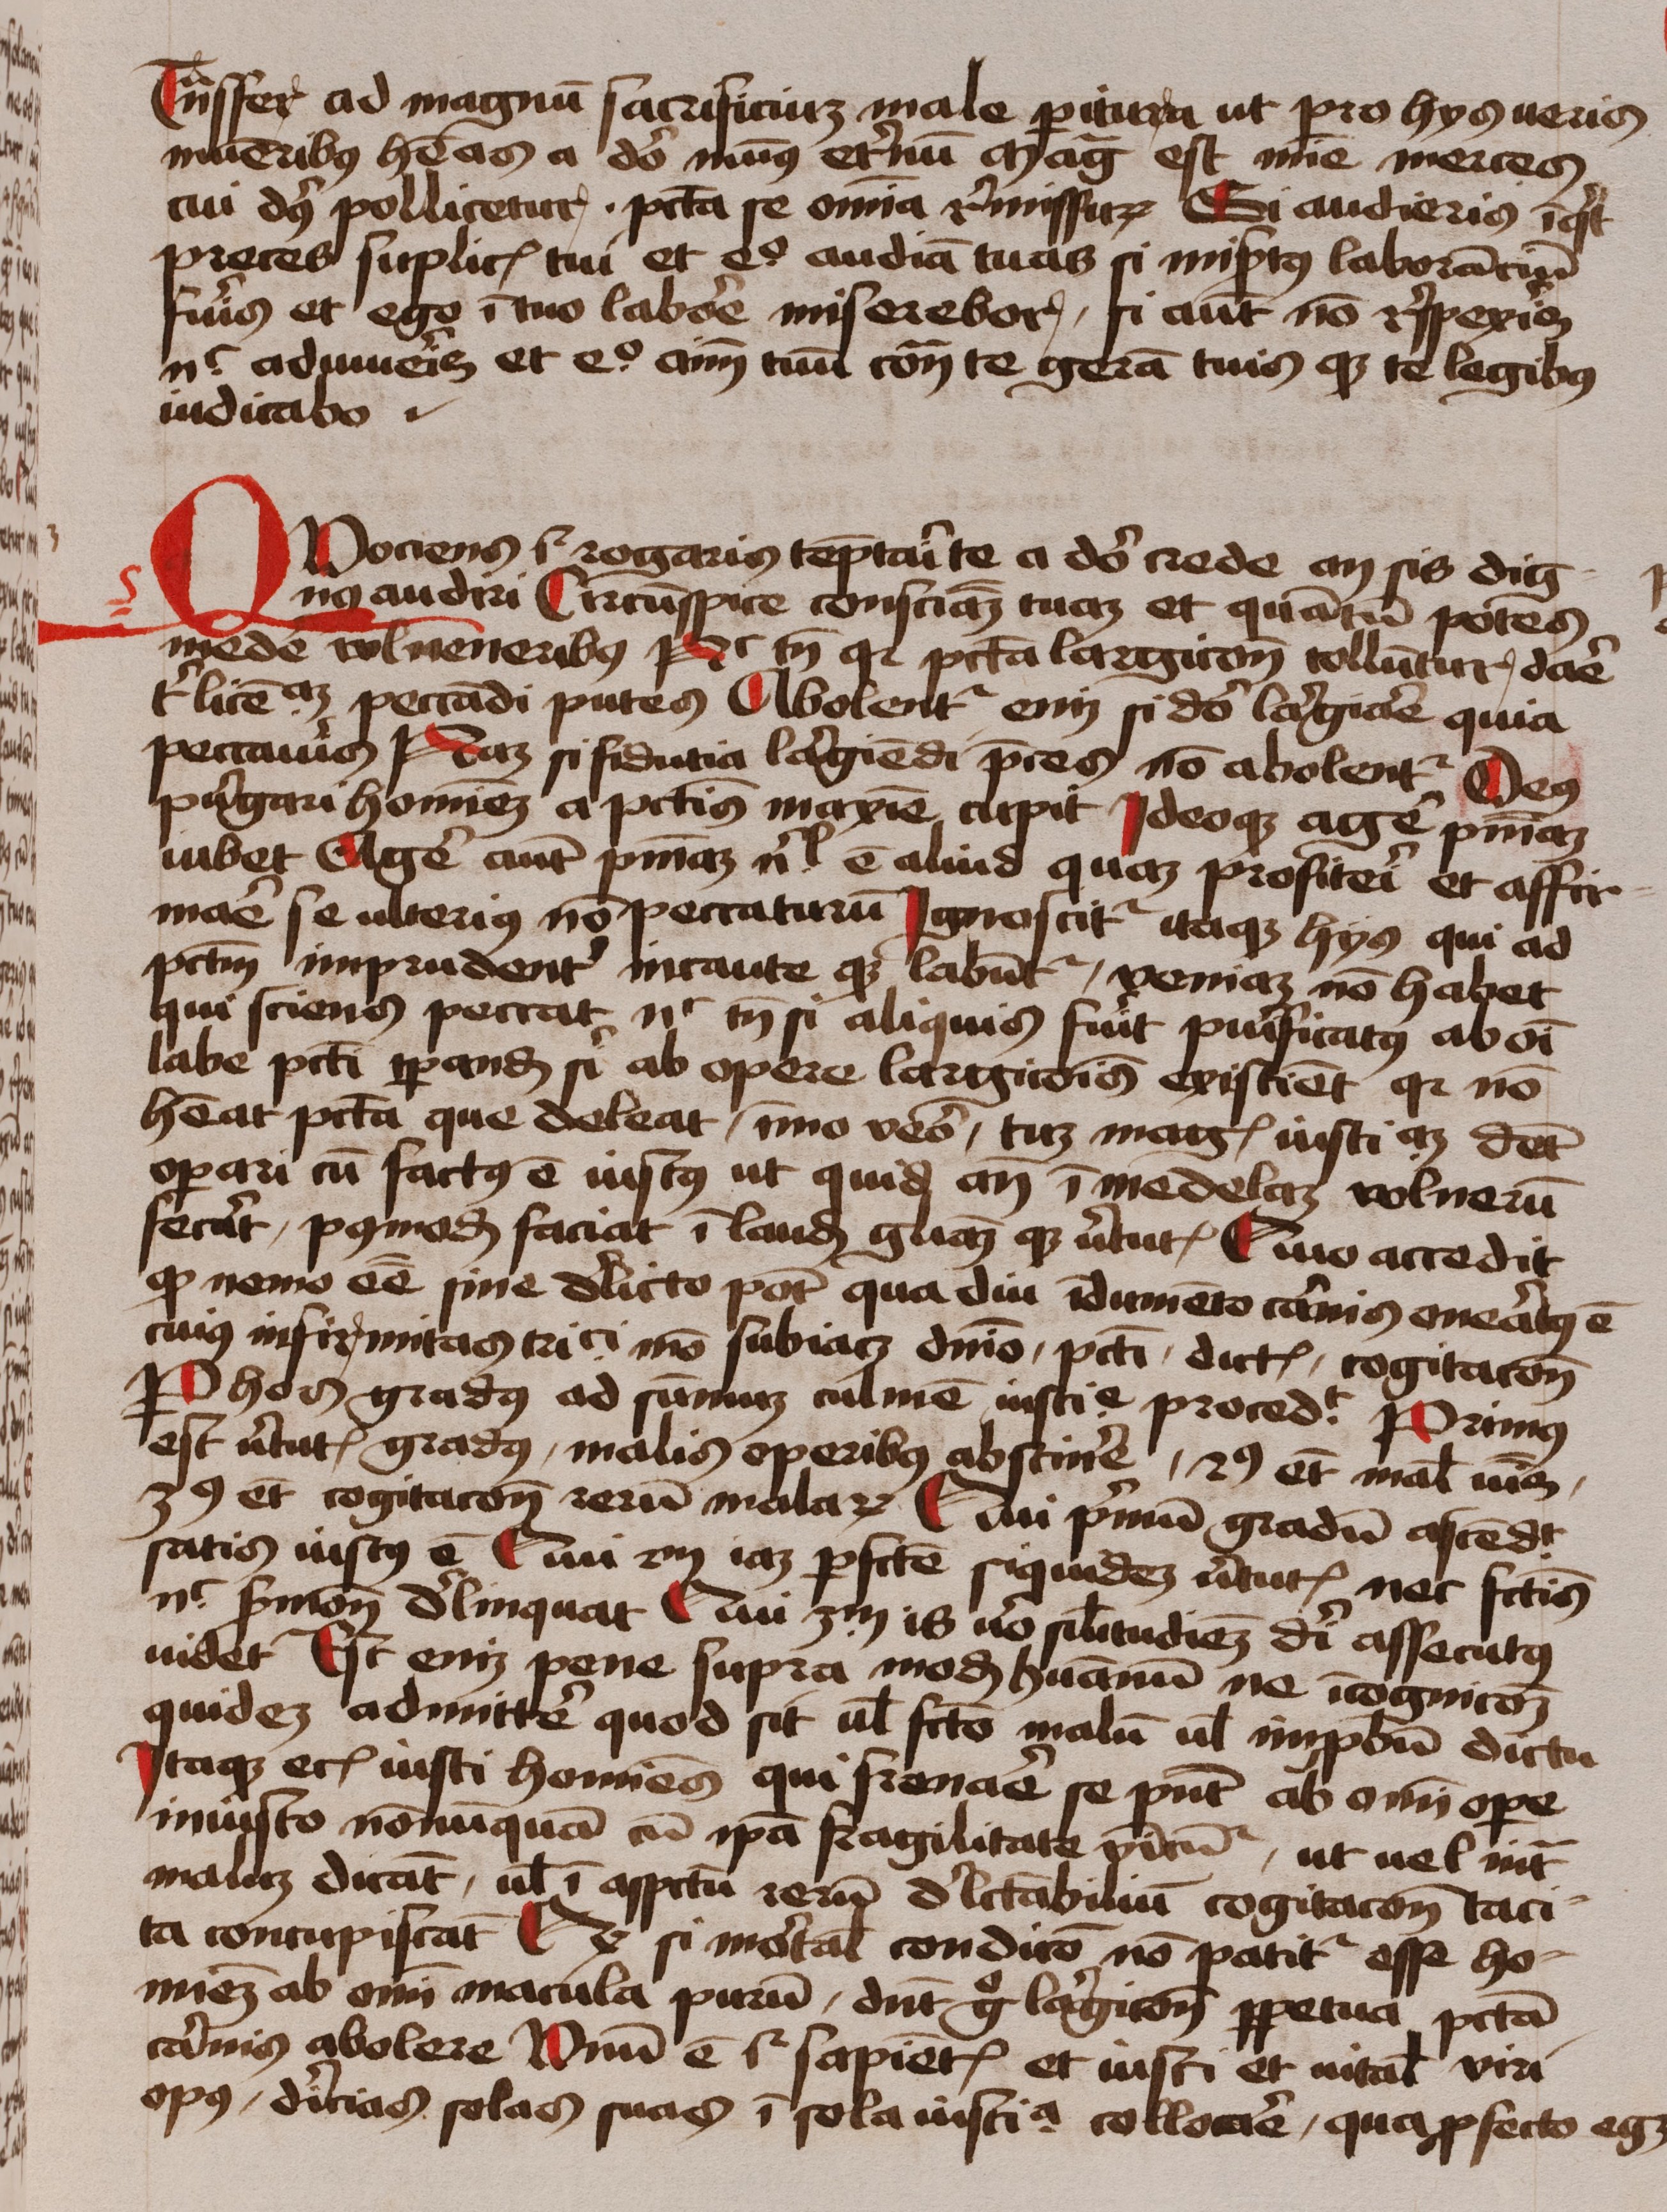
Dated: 1450–1474